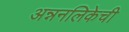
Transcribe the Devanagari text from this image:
अन्ननलिकेची